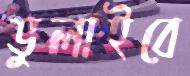
ভুলাইবে